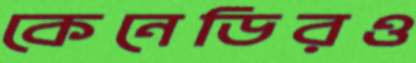
কেনেডিরও